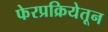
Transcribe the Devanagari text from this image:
फेरप्रक्रियेतून